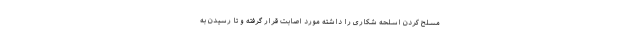
مسلح کردن اسلحه شکاری را داشته مورد اصابت قرار گرفته و تا رسیدن به